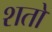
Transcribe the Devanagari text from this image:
शतो